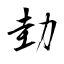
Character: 劸